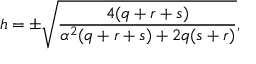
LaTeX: h = \pm \sqrt { \frac { 4 ( q + r + s ) } { \alpha ^ { 2 } ( q + r + s ) + 2 q ( s + r ) } } ,